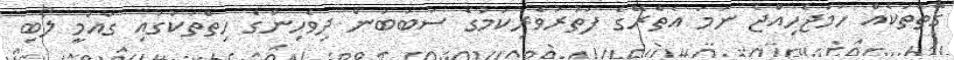
ގޮތްތަކެއް ހަމަޖެހިއްޖެ ނަމަ އެތެރޭގެ ފަތުރުވެރިކަމުގެ ސަބަބުން ދިވެހިންގެ ހިތްތަކުގައި ގައުމީ ލޯބި